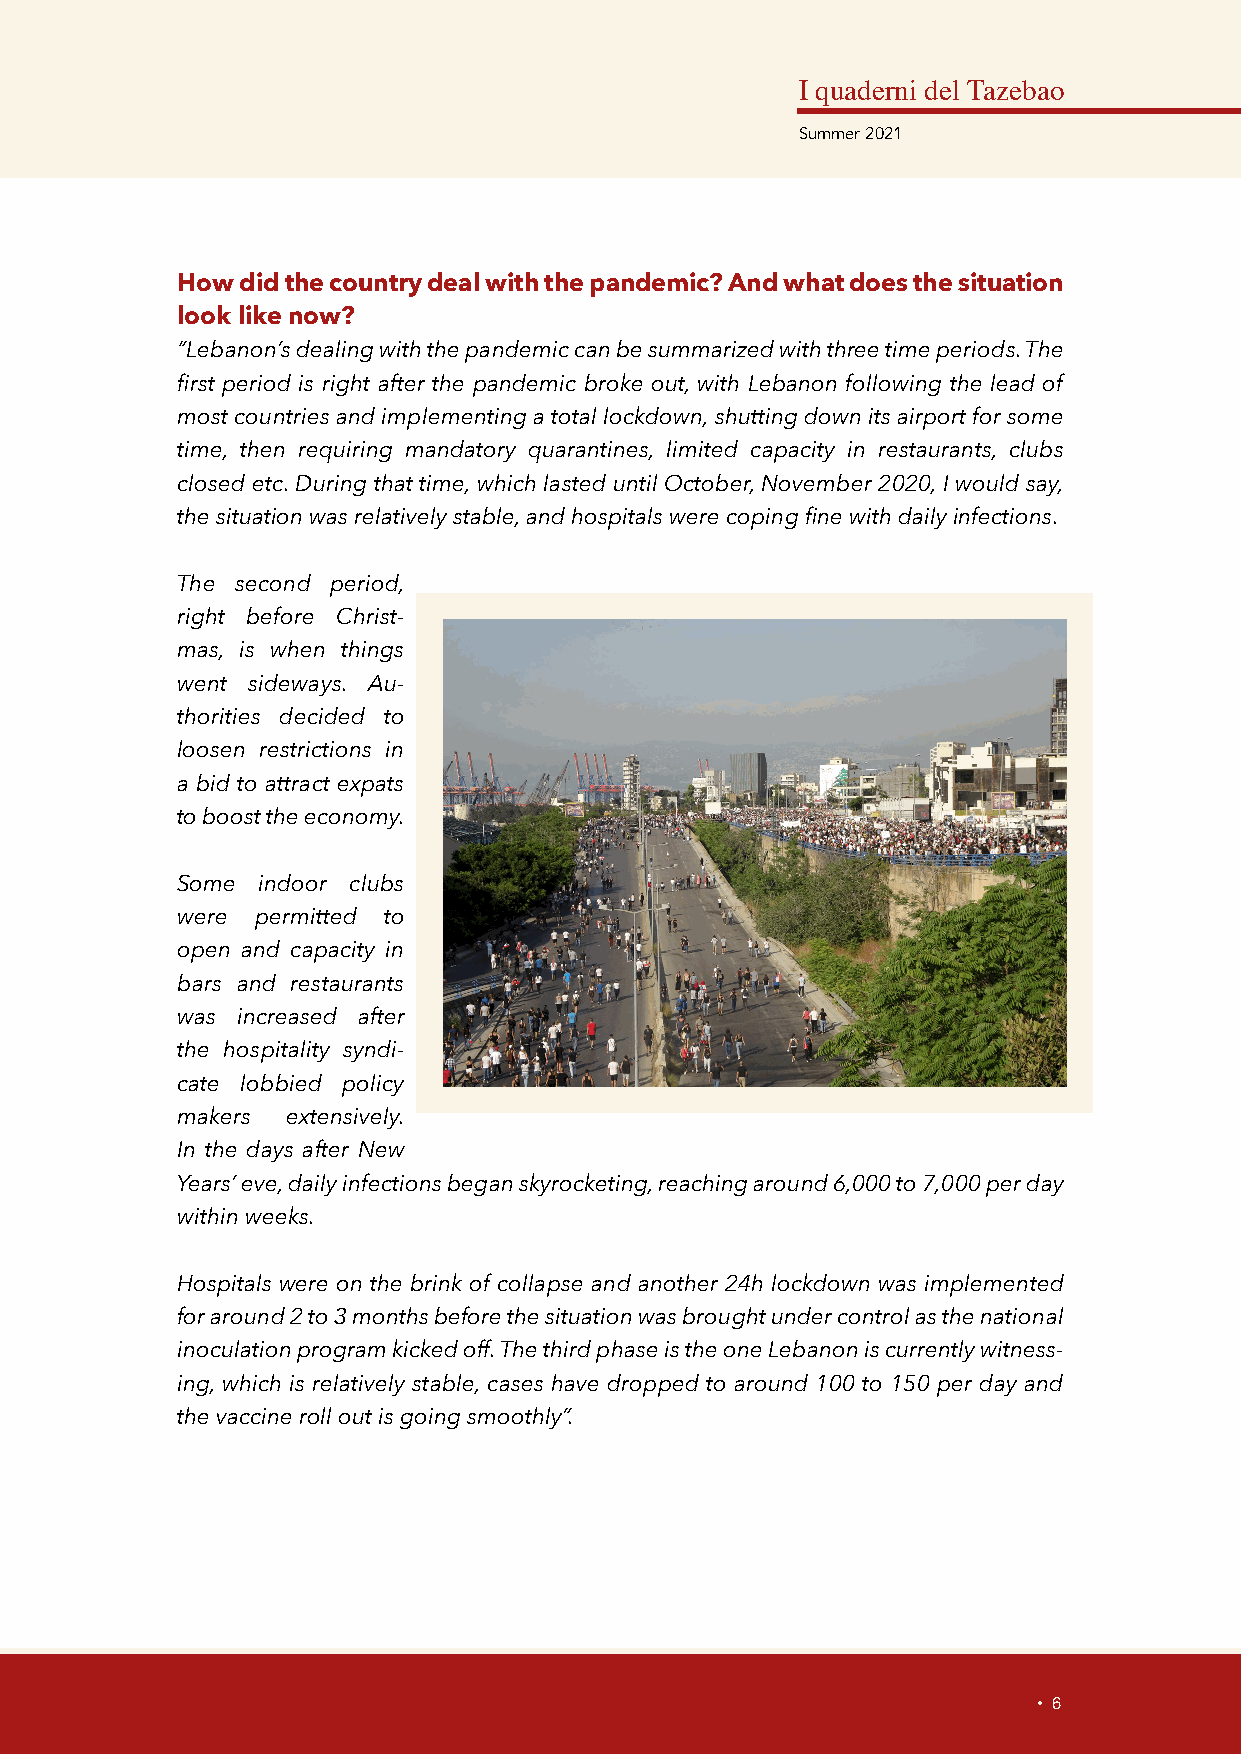
I quaderni del Tazebao
 Summer 2021
 How did the country deal with the pandemic? And what does the situation
 look like now?
 “Lebanon’s dealing with the pandemic can be summarized with three time periods. The
 first period is right after the pandemic broke out, with Lebanon following the lead of
 most countries and implementing a total lockdown, shutting down its airport for some
 time, then requiring mandatory quarantines, limited capacity in restaurants, clubs
 closed etc. During that time, which lasted until October, November 2020, I would say,
 the situation was relatively stable, and hospitals were coping fine with daily infections.
 The second period,
 right before Christ-
 mas, is when things
 went sideways. Au-
 thorities decided to
 loosen restrictions in
 a bid to attract expats
 to boost the economy.
 Some indoor clubs
 were permitted to
 open and capacity in
 bars and restaurants
 was increased after
 the hospitality syndi-
 cate lobbied policy
 makers extensively.
 In the days after New
 Years’ eve, daily infections began skyrocketing, reaching around 6,000 to 7,000 per day
 within weeks.
 Hospitals were on the brink of collapse and another 24h lockdown was implemented
 for around 2 to 3 months before the situation was brought under control as the national
 inoculation program kicked off. The third phase is the one Lebanon is currently witness-
 ing, which is relatively stable, cases have dropped to around 100 to 150 per day and
 the vaccine roll out is going smoothly”.
 • 6